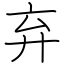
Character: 弃